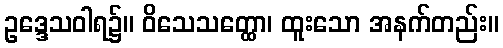
ဥဒ္ဒေသဝါရ၌။ ဝိသေသတ္ထော၊ ထူးသော အနက်တည်း။